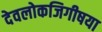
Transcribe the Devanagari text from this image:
देवलोकजिगीषया